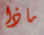
ماذا